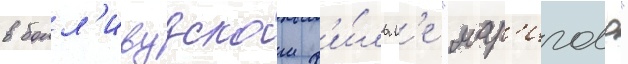
в болл'ивудском ф'и́льм'е "мар'иголд"